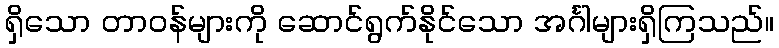
ရှိသော တာဝန်များကို ဆောင်ရွက်နိုင်သော အင်္ဂါများရှိကြသည်။